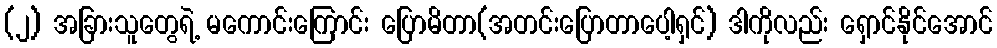
(၂) အခြားသူတွေရဲ့ မကောင်းကြောင်း ပြောမိတာ(အတင်းပြောတာပေါ့ရှင်) ဒါကိုလည်း ရှောင်နိုင်အောင်